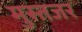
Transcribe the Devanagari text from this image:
मुस्तजर